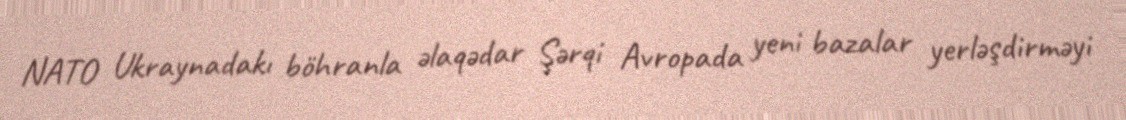
NATO Ukraynadakı böhranla əlaqədar Şərqi Avropada yeni bazalar yerləşdirməyi